Leningradi_Edasi_toimetus, lk 107
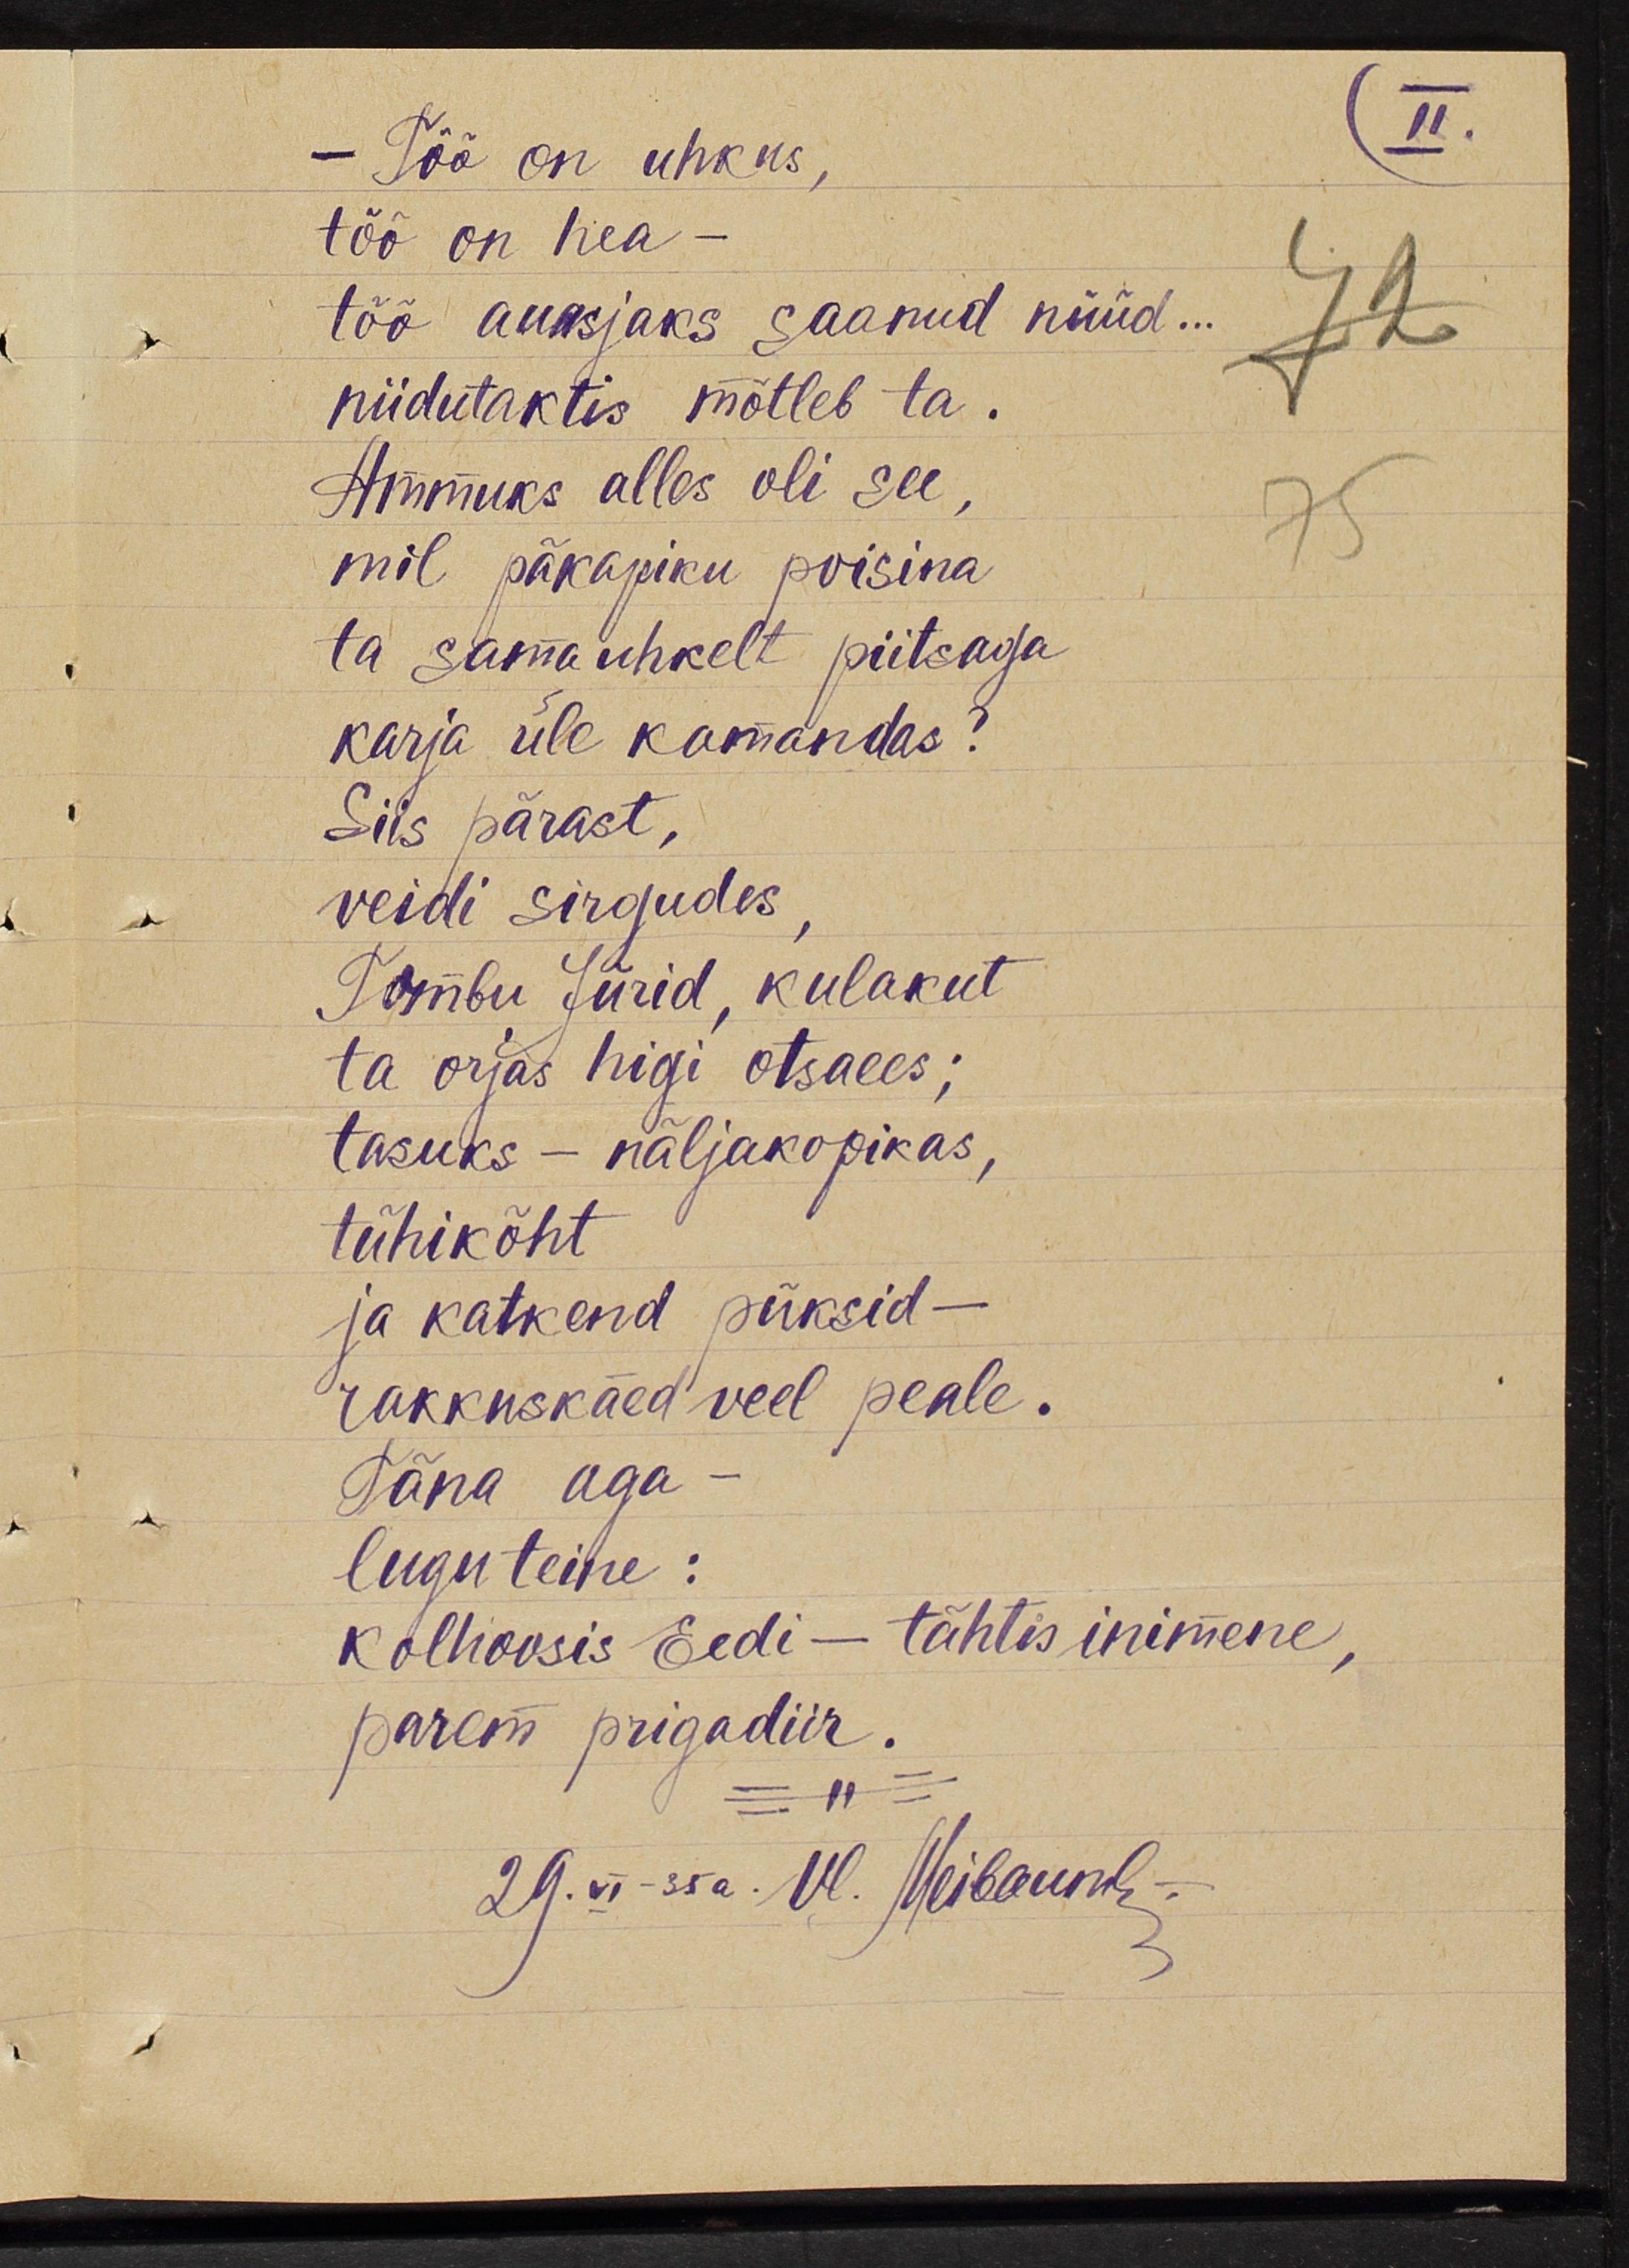
- Töö on uhkus,
töö on hea -
töö auasjaks saanud nüüd...
niidutaktis mõtleb ta.
Ammuks alles oli see,
mil päkapiku poisina
ta sama uhkelt piitsaga
karja üle kamandas?
Siis pärast,
veidi sirgudes,
Tombu Jürid, kulakut
ta orjas higi otsaees;
tasuks - näljakopikas,
tühikõht
ja katkend püksid -
rakkuskäed veel peale.
Täna aga -
lugu teine:
kolhoosis Eedi - tähtis inimene,
parem prigadiir.
29. VI - 35 a. Vl. Meibaum